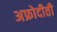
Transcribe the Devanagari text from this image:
अफ्रोदीती